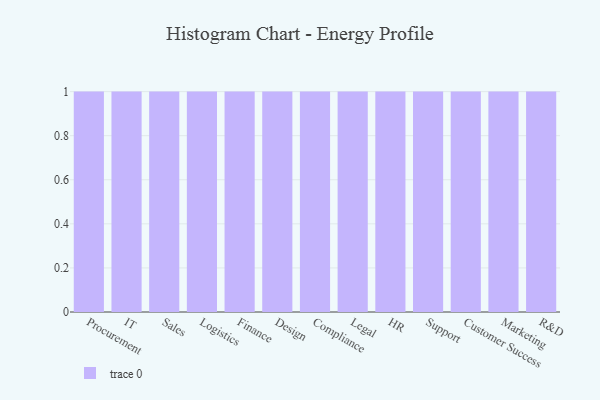
{"axis": {"x": "Department", "y": "Backlog"}, "legend": [""], "data": [{"x": "Procurement", "y": 24, "type": ""}, {"x": "IT", "y": 62, "type": ""}, {"x": "Sales", "y": 77, "type": ""}, {"x": "Logistics", "y": 43, "type": ""}, {"x": "Finance", "y": 27, "type": ""}, {"x": "Design", "y": 86, "type": ""}, {"x": "Compliance", "y": 17, "type": ""}, {"x": "Legal", "y": 98, "type": ""}, {"x": "HR", "y": 83, "type": ""}, {"x": "Support", "y": 63, "type": ""}, {"x": "Customer Success", "y": 91, "type": ""}, {"x": "Marketing", "y": 20, "type": ""}, {"x": "R&D", "y": 5, "type": ""}]}